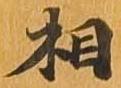
相